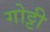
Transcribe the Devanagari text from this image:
गोट्टी